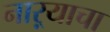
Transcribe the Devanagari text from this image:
नाऱ्याचा